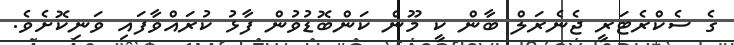
ގެ ސެކްރެޓަރީ ޖެނެރަލް ބާން ކީ މޫން ކަންބޮޑުވުން ފާޅު ކުރައްވާފައި ވަނިކޮށެވެ.